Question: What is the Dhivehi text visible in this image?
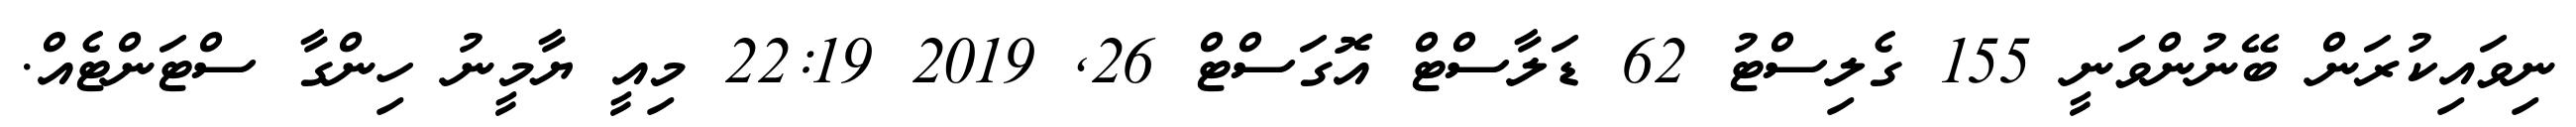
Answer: ނިވައިކުރަން ބޭނުންވަނީ 155 ގެލިސްޓު 62 ޑަލާސްޓް އޮގަސްޓް 26, 2019 22:19 މިއީ ޔާމީނު ހިންގާ ސްޓަންޓެއް.